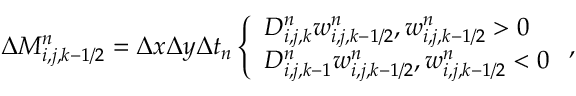
\begin{array} { r } { \Delta M _ { i , j , k - 1 / 2 } ^ { n } = \Delta x \Delta y \Delta t _ { n } \left\{ \begin{array} { l l } { D _ { i , j , k } ^ { n } w _ { i , j , k - 1 / 2 } ^ { n } , w _ { i , j , k - 1 / 2 } ^ { n } > 0 } \\ { D _ { i , j , k - 1 } ^ { n } w _ { i , j , k - 1 / 2 } ^ { n } , w _ { i , j , k - 1 / 2 } ^ { n } < 0 } \end{array} \right. , } \end{array}